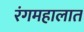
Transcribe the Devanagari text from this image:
रंगमहालात